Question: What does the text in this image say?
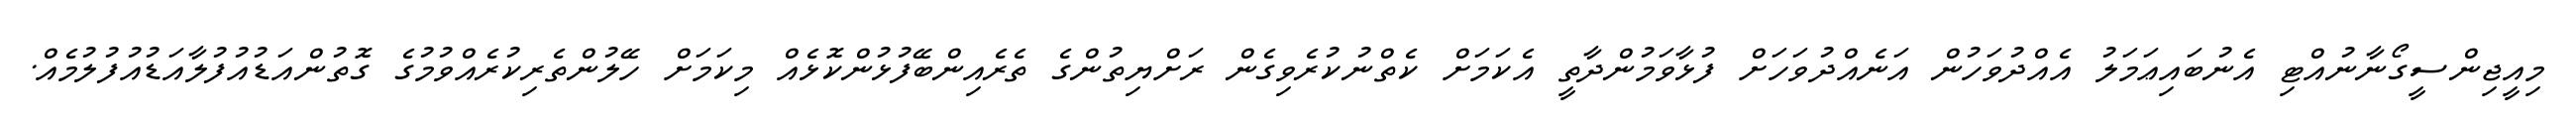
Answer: މިއީޖިންސީގޯނާނުއްޓި އެނުބައިޢަމަލު އެއްދުވަހުން އަނެއްދުވަހަށް ފުޅާވަމުންދާތީ އެކަމަށް ކެތްނުކުރެވިގެން ރަށްޔިތުންގެ ތެރެއިންބޭފުޅުންކޮޅެއް މިކަމަށް ހޭލުންތެރިކުރެއްވުމުގެ ގޮތުންއަޑުއުފުލާއަޑުއުފުލުމެއް.